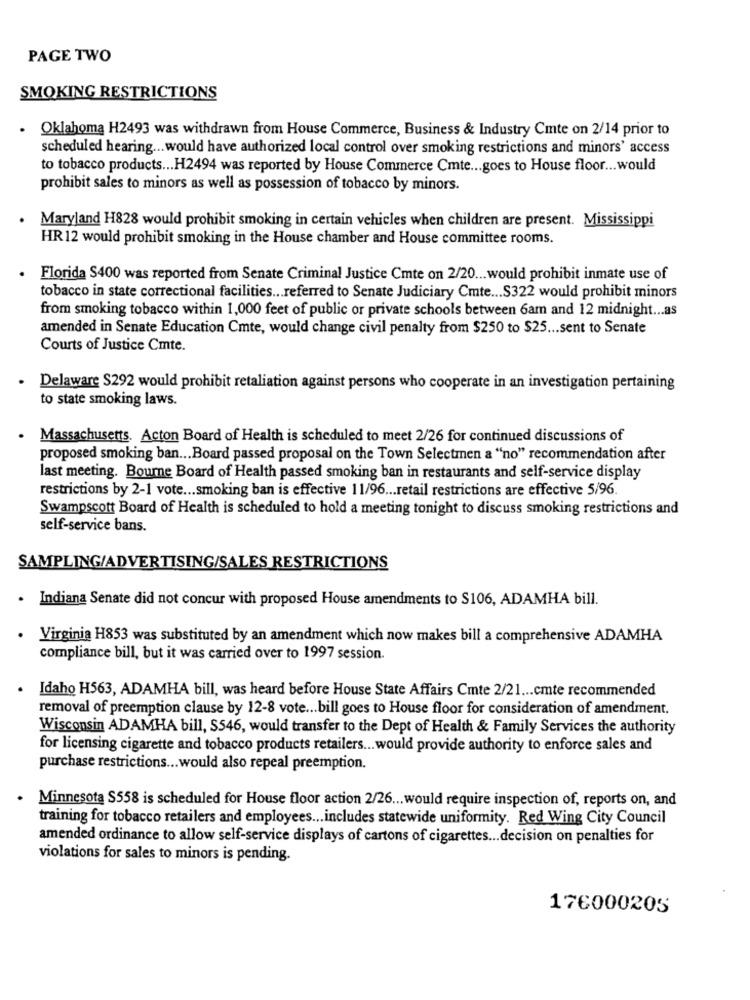
PAGE TWO
SMOKING RESTRICTIONS
.
Oklahoma H2493 was withdrawn from House Commerce, Business & Industry Cmte on 2/14 prior to
scheduled hearing ... would have authorized local control over smoking restrictions and minors' access
to tobacco products ... H2494 was reported by House Commerce Cmte ... goes to House floor ... would
prohibit sales to minors as well as possession of tobacco by minors.
Maryland H828 would prohibit smoking in certain vehicles when children are present. Mississippi
HR 12 would prohibit smoking in the House chamber and House committee rooms.
Florida S400 was reported from Senate Criminal Justice Cmte on 2/20 ... would prohibit inmate use of
tobacco in state correctional facilities ... referred to Senate Judiciary Cmte ... S322 would prohibit minors
from smoking tobacco within 1,000 feet of public or private schools between 6am and 12 midnight ... as
amended in Senate Education Cmte, would change civil penalty from $250 to $25 ... sent to Senate
Courts of Justice Cmte.
Delaware $292 would prohibit retaliation against persons who cooperate in an investigation pertaining
to state smoking laws.
Massachusetts. Acton Board of Health is scheduled to meet 2/26 for continued discussions of
proposed smoking ban ... Board passed proposal on the Town Selectmen a "no" recommendation after
last meeting. Bourne Board of Health passed smoking ban in restaurants and self-service display
restrictions by 2-1 vote ... smoking ban is effective 11/96 ... retail restrictions are effective 5/96
Swampscott Board of Health is scheduled to hold a meeting tonight to discuss smoking restrictions and
self-service bans.
SAMPLING/ADVERTISING/SALES RESTRICTIONS
. Indiana Senate did not concur with proposed House amendments to $106, ADAMHA bill.
. Virginia H853 was substituted by an amendment which now makes bill a comprehensive ADAMHA
compliance bill, but it was carried over to 1997 session.
Idaho H563, ADAMHA bill, was heard before House State Affairs Cmte 2/21 ... cmte recommended
removal of preemption clause by 12-8 vote ... bill goes to House floor for consideration of amendment.
Wisconsin ADAMHA bill, S546, would transfer to the Dept of Health & Family Services the authority
for licensing cigarette and tobacco products retailers ... would provide authority to enforce sales and
purchase restrictions ... would also repeal preemption.
Minnesota S558 is scheduled for House floor action 2/26 ... would require inspection of, reports on, and
training for tobacco retailers and employees ... includes statewide uniformity. Red Wing City Council
amended ordinance to allow self-service displays of cartons of cigarettes ... decision on penalties for
violations for sales to minors is pending.
176000205